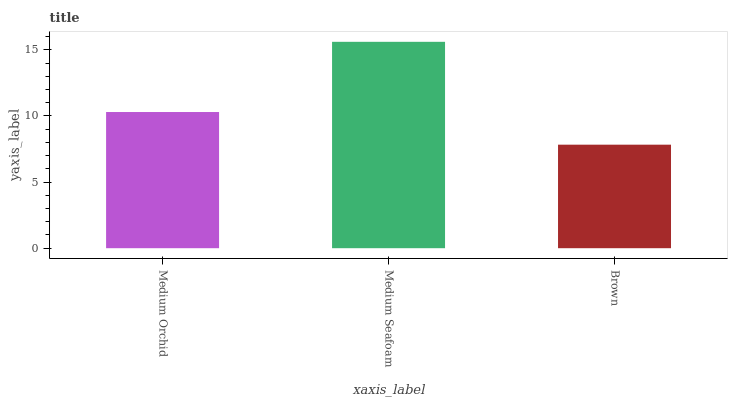
| xaxis_label | bars |
 | --- | --- |
 | Medium Orchid | 10.3 |
 | Medium Seafoam | 15.6 |
 | Brown | 7.83 |